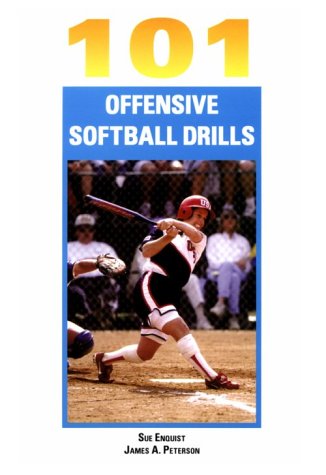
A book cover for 101 Offensive Softball Drills; Sue Enquist; Sports & Outdoors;